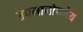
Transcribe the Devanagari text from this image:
उपमानोपमेय